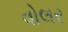
વોલર